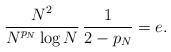
LaTeX: \begin{align*}\frac{\displaystyle N^2}{\displaystyle N^{p_N} \log N}\, \frac{1}{2-p_N}=e.\end{align*}